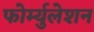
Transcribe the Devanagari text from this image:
फोर्म्युलेशन